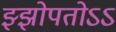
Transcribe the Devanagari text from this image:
झ्झोपतोऽऽ